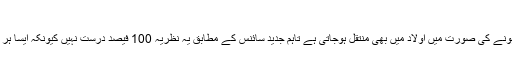
ڈمپلز کے بارے میں عام تاثر
ہے کہ یہ ایک وراثتی خصوصیت ہے جو ماں یا باپ میں سے کسی ایک کے پاس ہونے کی صورت میں اولاد میں بھی منتقل ہوجاتی ہے تاہم جدید سائنس کے مطابق یہ نظریہ 100 فیصد درست نہیں کیونکہ ایسا ہر گز نہیں ہے بلکہ حقیقت یہ ہے کہ ڈمپلز کا پڑنا پٹھوں کی خرابی کی وجہ سے ہے۔